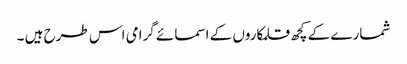
شمارے کے کچھ قلمکاروں کے اسمائے گرامی اس طرح ہیں ۔